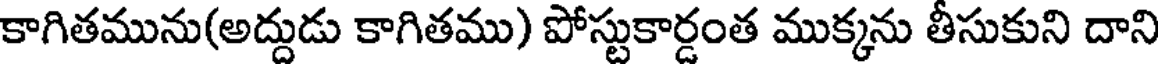
కాగితమును(అద్దుడు కాగితము) పోస్టుకార్డంత ముక్కను తీసుకుని దాని